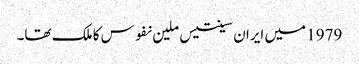
1979 میں ایران سینتیس ملین نفوس کا ملک تھا۔